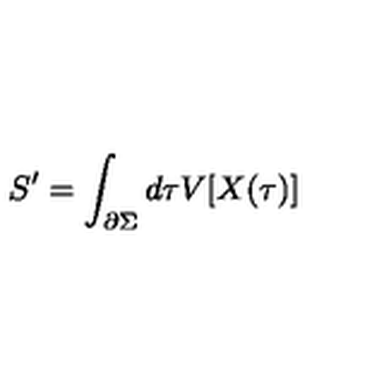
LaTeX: S ^ { \prime } = \int _ { \partial \Sigma } d \tau V [ X ( \tau ) ]